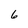
Character: 6